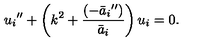
{ u _ { i } } ^ { \prime \prime } + \left( k ^ { 2 } + \frac { ( { - \bar { a } _ { i } } ^ { \prime \prime } ) } { \bar { a } _ { i } } \right) u _ { i } = 0 .